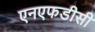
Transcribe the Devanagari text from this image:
एनएफडीसी